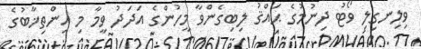
ވިލިނގިލި ވޯޓު ދިނުމުގެ ޙައްޤު ލިބިގެންވާ މީހުންގެ އަދަދު ވީމާ މި އިންތިޚާބުގެ